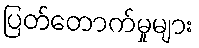
ပြတ်တောက်မှုများ